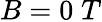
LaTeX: B=0\; T